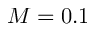
M = 0 . 1